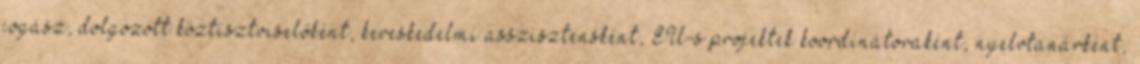
jogász, dolgozott köztisztviselőként, kereskedelmi asszisztensként, EU-s projektek koordinátoraként, nyelvtanárként,